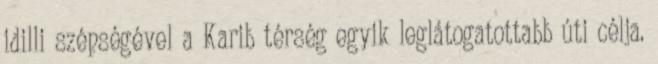
idilli szépségével a Karib térség egyik leglátogatottabb úti célja.